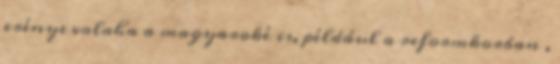
erénye valaha a magyaroké is, például a reformkorban ,